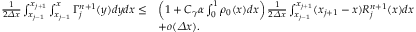
\begin{array} { r l } { \frac 1 { 2 { \varDelta } x } \int _ { x _ { j - 1 } } ^ { x _ { j + 1 } } \int _ { x _ { j - 1 } } ^ { x } \Gamma _ { j } ^ { n + 1 } ( y ) d y d x \leq } & { \left( 1 + C _ { \gamma } \alpha \int _ { 0 } ^ { 1 } \rho _ { 0 } ( x ) d x \right) \frac 1 { 2 { \varDelta } x } \int _ { x _ { j - 1 } } ^ { x _ { j + 1 } } ( x _ { j + 1 } - x ) R _ { j } ^ { n + 1 } ( x ) d x } \\ & { + o ( { \varDelta } x ) . } \end{array}